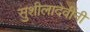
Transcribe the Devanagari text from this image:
सुशीलादेवींनी